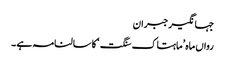
جہانگیر جبران
رواں ماہ ’ماہتاک سنگت‘ کا سالنامہ ہے ۔